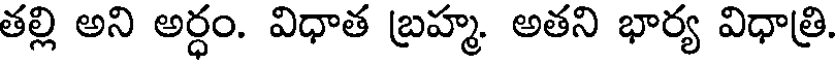
తల్లి అని అర్ధం. విధాత బ్రహ్మ. అతని భార్య విధాత్రి.